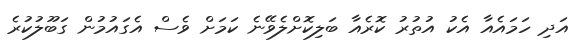
އަދި ހަމައެއާ އެކު އުތުރު ކޮރެއާ ބަލިކޮށްލެވޭނެ ކަމަށް ވެސް އެގައުމުން ގަބޫލުކުރެ